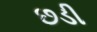
છડી